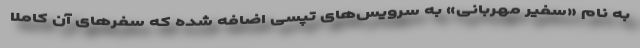
به نام «سفیر مهربانی» به سرویس‌های تپسی اضافه شده که سفرهای آن کاملا